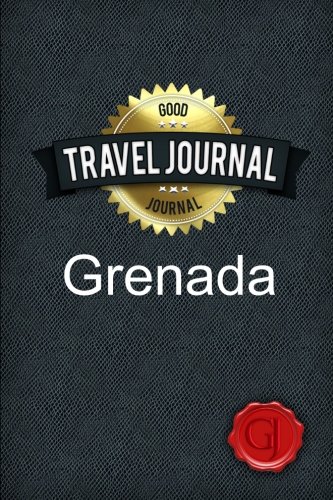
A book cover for Travel Journal Grenada; Good Journal; Travel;